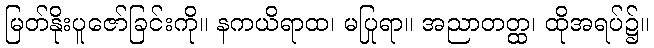
မြတ်နိုးပူဇော်ခြင်းကို။ နကယိရာထ၊ မပြုရာ။ အညာတတ္ထ၊ ထိုအရပ်၌။